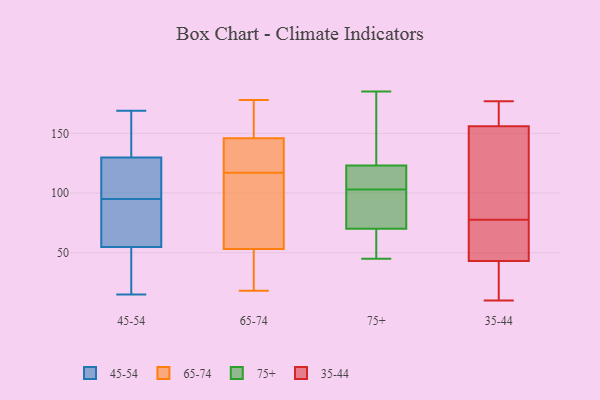
{"axis": {"x": "Headcount", "y": "Value"}, "legend": ["35-44", "45-54", "65-74", "75+"], "data": [{"x": "", "y": 53, "type": "45-54"}, {"x": "", "y": 18, "type": "45-54"}, {"x": "", "y": 116, "type": "45-54"}, {"x": "", "y": 129, "type": "45-54"}, {"x": "", "y": 68, "type": "45-54"}, {"x": "", "y": 144, "type": "45-54"}, {"x": "", "y": 126, "type": "45-54"}, {"x": "", "y": 169, "type": "45-54"}, {"x": "", "y": 37, "type": "45-54"}, {"x": "", "y": 68, "type": "45-54"}, {"x": "", "y": 130, "type": "45-54"}, {"x": "", "y": 114, "type": "45-54"}, {"x": "", "y": 15, "type": "45-54"}, {"x": "", "y": 145, "type": "45-54"}, {"x": "", "y": 46, "type": "45-54"}, {"x": "", "y": 88, "type": "45-54"}, {"x": "", "y": 60, "type": "45-54"}, {"x": "", "y": 132, "type": "45-54"}, {"x": "", "y": 95, "type": "45-54"}, {"x": "", "y": 129, "type": "65-74"}, {"x": "", "y": 72, "type": "65-74"}, {"x": "", "y": 62, "type": "65-74"}, {"x": "", "y": 159, "type": "65-74"}, {"x": "", "y": 174, "type": "65-74"}, {"x": "", "y": 132, "type": "65-74"}, {"x": "", "y": 124, "type": "65-74"}, {"x": "", "y": 146, "type": "65-74"}, {"x": "", "y": 26, "type": "65-74"}, {"x": "", "y": 53, "type": "65-74"}, {"x": "", "y": 113, "type": "65-74"}, {"x": "", "y": 46, "type": "65-74"}, {"x": "", "y": 164, "type": "65-74"}, {"x": "", "y": 178, "type": "65-74"}, {"x": "", "y": 121, "type": "65-74"}, {"x": "", "y": 18, "type": "65-74"}, {"x": "", "y": 38, "type": "65-74"}, {"x": "", "y": 62, "type": "65-74"}, {"x": "", "y": 63, "type": "75+"}, {"x": "", "y": 45, "type": "75+"}, {"x": "", "y": 58, "type": "75+"}, {"x": "", "y": 102, "type": "75+"}, {"x": "", "y": 70, "type": "75+"}, {"x": "", "y": 90, "type": "75+"}, {"x": "", "y": 185, "type": "75+"}, {"x": "", "y": 146, "type": "75+"}, {"x": "", "y": 71, "type": "75+"}, {"x": "", "y": 121, "type": "75+"}, {"x": "", "y": 133, "type": "75+"}, {"x": "", "y": 116, "type": "75+"}, {"x": "", "y": 104, "type": "75+"}, {"x": "", "y": 123, "type": "75+"}, {"x": "", "y": 91, "type": "75+"}, {"x": "", "y": 105, "type": "75+"}, {"x": "", "y": 138, "type": "75+"}, {"x": "", "y": 47, "type": "75+"}, {"x": "", "y": 43, "type": "35-44"}, {"x": "", "y": 59, "type": "35-44"}, {"x": "", "y": 161, "type": "35-44"}, {"x": "", "y": 10, "type": "35-44"}, {"x": "", "y": 70, "type": "35-44"}, {"x": "", "y": 85, "type": "35-44"}, {"x": "", "y": 38, "type": "35-44"}, {"x": "", "y": 162, "type": "35-44"}, {"x": "", "y": 150, "type": "35-44"}, {"x": "", "y": 177, "type": "35-44"}, {"x": "", "y": 66, "type": "35-44"}, {"x": "", "y": 156, "type": "35-44"}, {"x": "", "y": 129, "type": "35-44"}, {"x": "", "y": 35, "type": "35-44"}]}